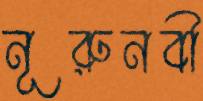
নূরুনবী